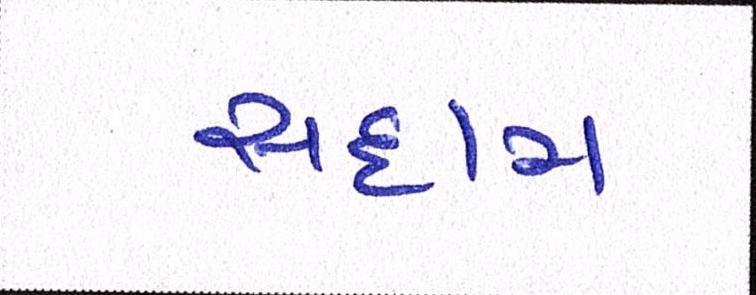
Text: સદ્દામ